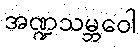
အဏ္ဍသမ္ဘဝေါ